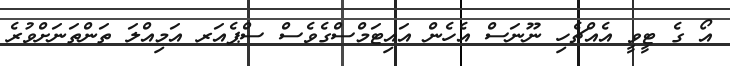
އޯ ގެ ޓީވީ އެއްޗެހި ނޫނަސް އެހެން އަައިޓަމްސްގެވެސް ސްޕެއަރ އަމިއްލަ ތަންތަނަށްވުރެ